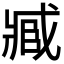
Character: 𮍐